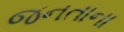
જનતાના